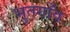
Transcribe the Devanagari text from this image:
भुतगाँव